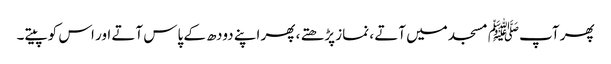
پھر آپﷺ مسجد میں آتے ، نماز پڑھتے ، پھر اپنے دودھ کے پاس آتے اور اس کو پیتے۔